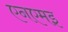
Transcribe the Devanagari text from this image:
एनएमइ